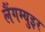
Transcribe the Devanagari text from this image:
लैंगम्युइर